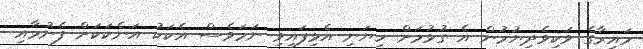
މައިރާގެ ވަކިވެދިޔުމުން އެ ގުޅުމަށް ހިޔަނި އެޅިފައިވި ނަމަވެސް އެކަކު އަނެކަކަށް ފެނުމާއި